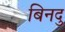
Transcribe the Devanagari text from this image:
बिनदु